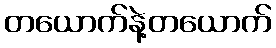
တယောက်နဲ့တယောက်